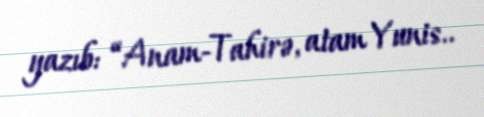
yazıb: “Anam-Tahirə, atam Yunis..